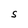
Character: S